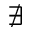
\nexists